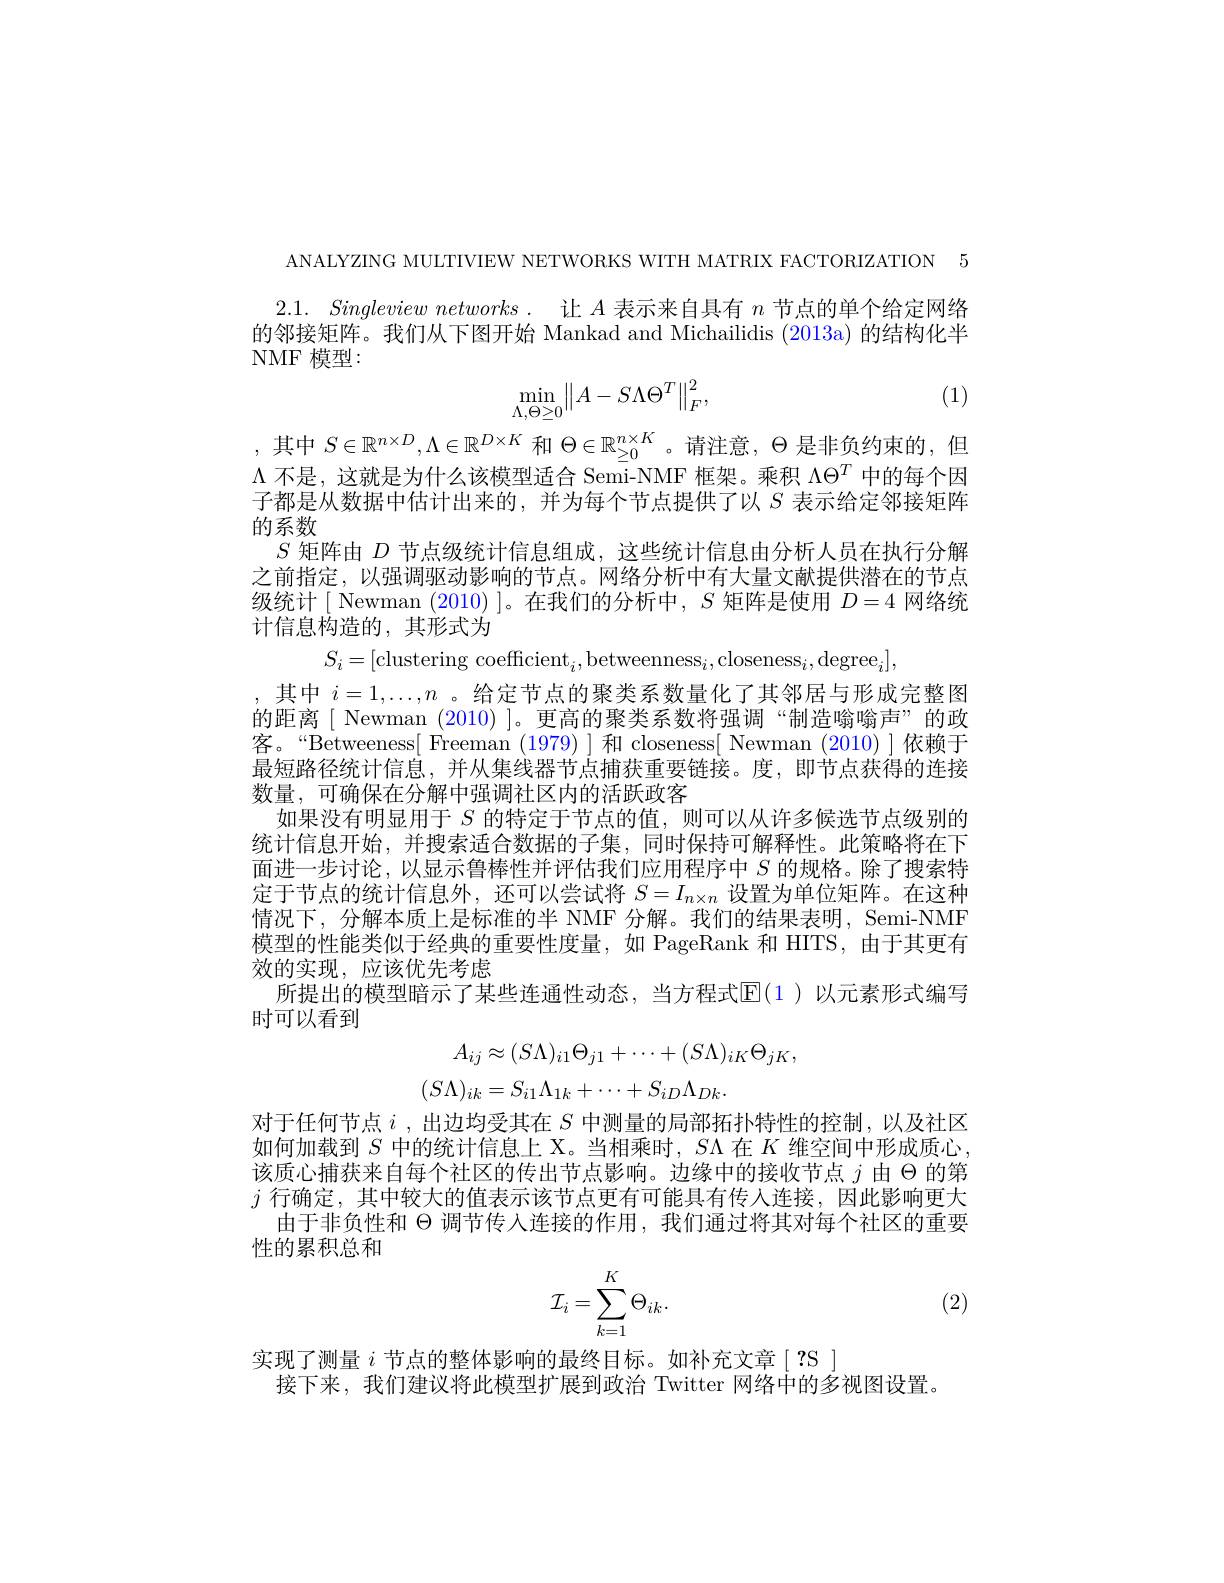
ANALYZING MULTIVIEW NETWORKS WITH MATRIX FACTORIZATION 5

$\begin{array}{c}2.1.&Singleview~networks.\\\text{的邻接矩阵。我们从下图开始 Mankad and Michailidis (2013a) 的结构化半}\end{array}$
NMF 模型：

(1)
$$\min\limits_{\Lambda,\Theta\ge0}\bigl\|A-S\Lambda\Theta^T\bigr\|_F^2,$$
,其中$S\in\mathbb{R}^n\times D,\Lambda\in\mathbb{R}^{D\times K}$和$\Theta\in\mathbb{R}_\geq0^{n\times K}$ 。请注意，$\Theta$是非负约束的，但$\Lambda$不是，这就是为什么该模型适合 Semi-NMF 框架。乘积$\Lambda\Theta^T$中的每个因子都是从数据中估计出来的，并为每个节点提供了以$S$表示给定邻接矩阵的系数
$S$矩阵由$D$节点级统计信息组成，这些统计信息由分析人员在执行分解之前指定，以强调驱动影响的节点。网络分析中有大量文献提供潜在的节点级统计[ Newman (2010)]。在我们的分析中，$S$矩阵是使用$D=4$网络统计信息构造的，其形式为
$$S_i=[\text{clustering coefficient}_i,\text{betweenness}_i,\text{closeness}_i,\text{degree}_i],$$
,其中$i=1,\ldots,n$ 。给定节点的聚类系数量化了其邻居与形成完整图的距离[ Newman (2010) ]。更高的聚类系数将强调“制造嗡嗡声”的政客。“Betweeness[ Freeman (1979) ]和 closeness[ Newman (2010) ]依赖于最短路径统计信息，并从集线器节点捕获重要链接。度，即节点获得的连接数量，可确保在分解中强调社区内的活跃政客
如果没有明显用于$S$的特定于节点的值，则可以从许多候选节点级别的统计信息开始，并搜索适合数据的子集，同时保持可解释性。此策略将在下面进一步讨论，以显示鲁棒性并评估我们应用程序中$S$ 的规格。除了搜索特定于节点的统计信息外，还可以尝试将$S=I_n\times n$设置为单位矩阵。在这种情况下，分解本质上是标准的半 NMF 分解。我们的结果表明，Semi-NMF 模型的性能类似于经典的重要性度量，如 PageRank 和 HITS, 由于其更有效的实现，应该优先考虑
所提出的模型暗示了某些连通性动态，当方程式$\mathbb{E}(1)$ 以元素形式编写
时可以看到
$$\begin{aligned}A_{ij}&\approx(S\Lambda)_{i1}\Theta_{j1}+\cdots+(S\Lambda)_{iK}\Theta_{jK},\\(S\Lambda)_{ik}&=S_{i1}\Lambda_{1k}+\cdots+S_{iD}\Lambda_{Dk}.\end{aligned}$$
对于任何节点$i$ ,出边均受其在$S$中测量的局部拓扑特性的控制，以及社区如何加载到$S$中的统计信息上 X。当相乘时，$S\Lambda$在$K$维空间中形成质心该质心捕获来自每个社区的传出节点影响。边缘中的接收节点$j$由$\Theta$的第$j$行确定，其中较大的值表示该节点更有可能具有传人连接，因此影响更大
由于非负性和$\Theta$调节传人连接的作用，我们通过将其对每个社区的重要
性的累积总和
$$\mathcal{I}_i=\sum_{k=1}^K\Theta_{ik}.$$
(2)

实现了测量$i$节点的整体影响的最终目标。如补充文章[?S]
接下来，我们建议将此模型扩展到政治 Twitter 网络中的多视图设置。